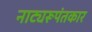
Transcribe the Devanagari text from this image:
नाट्यरूपंतकार